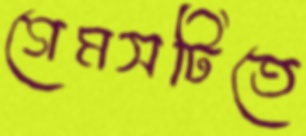
গেমসটিতে